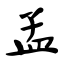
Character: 孟